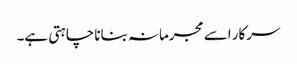
سرکار اسے مجرمانہ بنانا چاہتی ہے۔